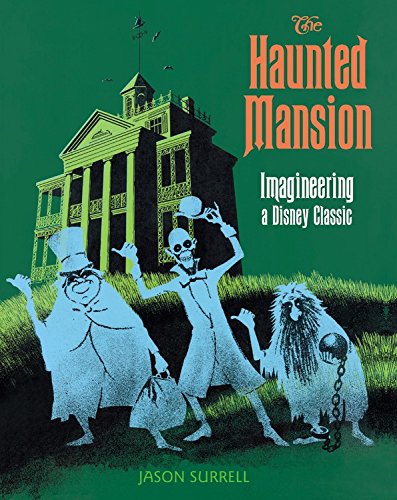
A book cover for The Haunted Mansion: Imagineering a Disney Classic (From the Magic Kingdom); Jason Surrell; Travel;